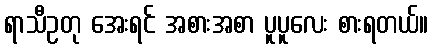
ရာသီဥတု အေးရင် အစားအစာ ပူပူလေး စားရတယ်။